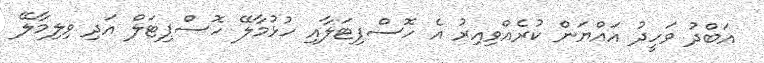
އަބްދު ވަހީދު އައްޔަން ކުރެއްވިއިރު އެ ހޮސްޕިޓަލާއި ހުޅުމާލޭ ހޮސްޕިޓަލް އަދި ވިލިމާލޭ